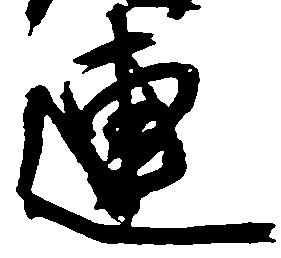
連